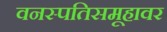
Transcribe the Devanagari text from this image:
वनस्पतिसमूहावर